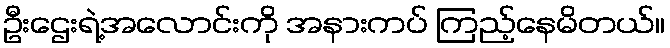
ဦးဌေးရဲ့အလောင်းကို အနားကပ် ကြည့်နေမိတယ်။